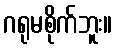
ဂရုမစိုက်ဘူး။